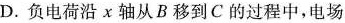
D.负电荷沿χ轴从B移到C的过程中，电场